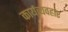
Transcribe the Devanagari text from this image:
कार्यव्यवहार